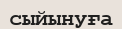
сыйынуға